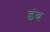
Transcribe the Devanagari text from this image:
डंब